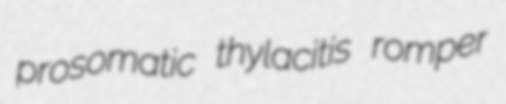
prosomatic thylacitis romper